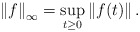
\begin{align*}\left\| f\right\| _{\infty}=\sup_{t\geq 0}\left\| f(t)\right\| .\end{align*}